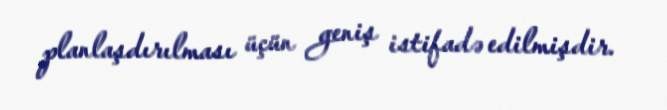
planlaşdırılması üçün geniş istifadə edilmişdir.